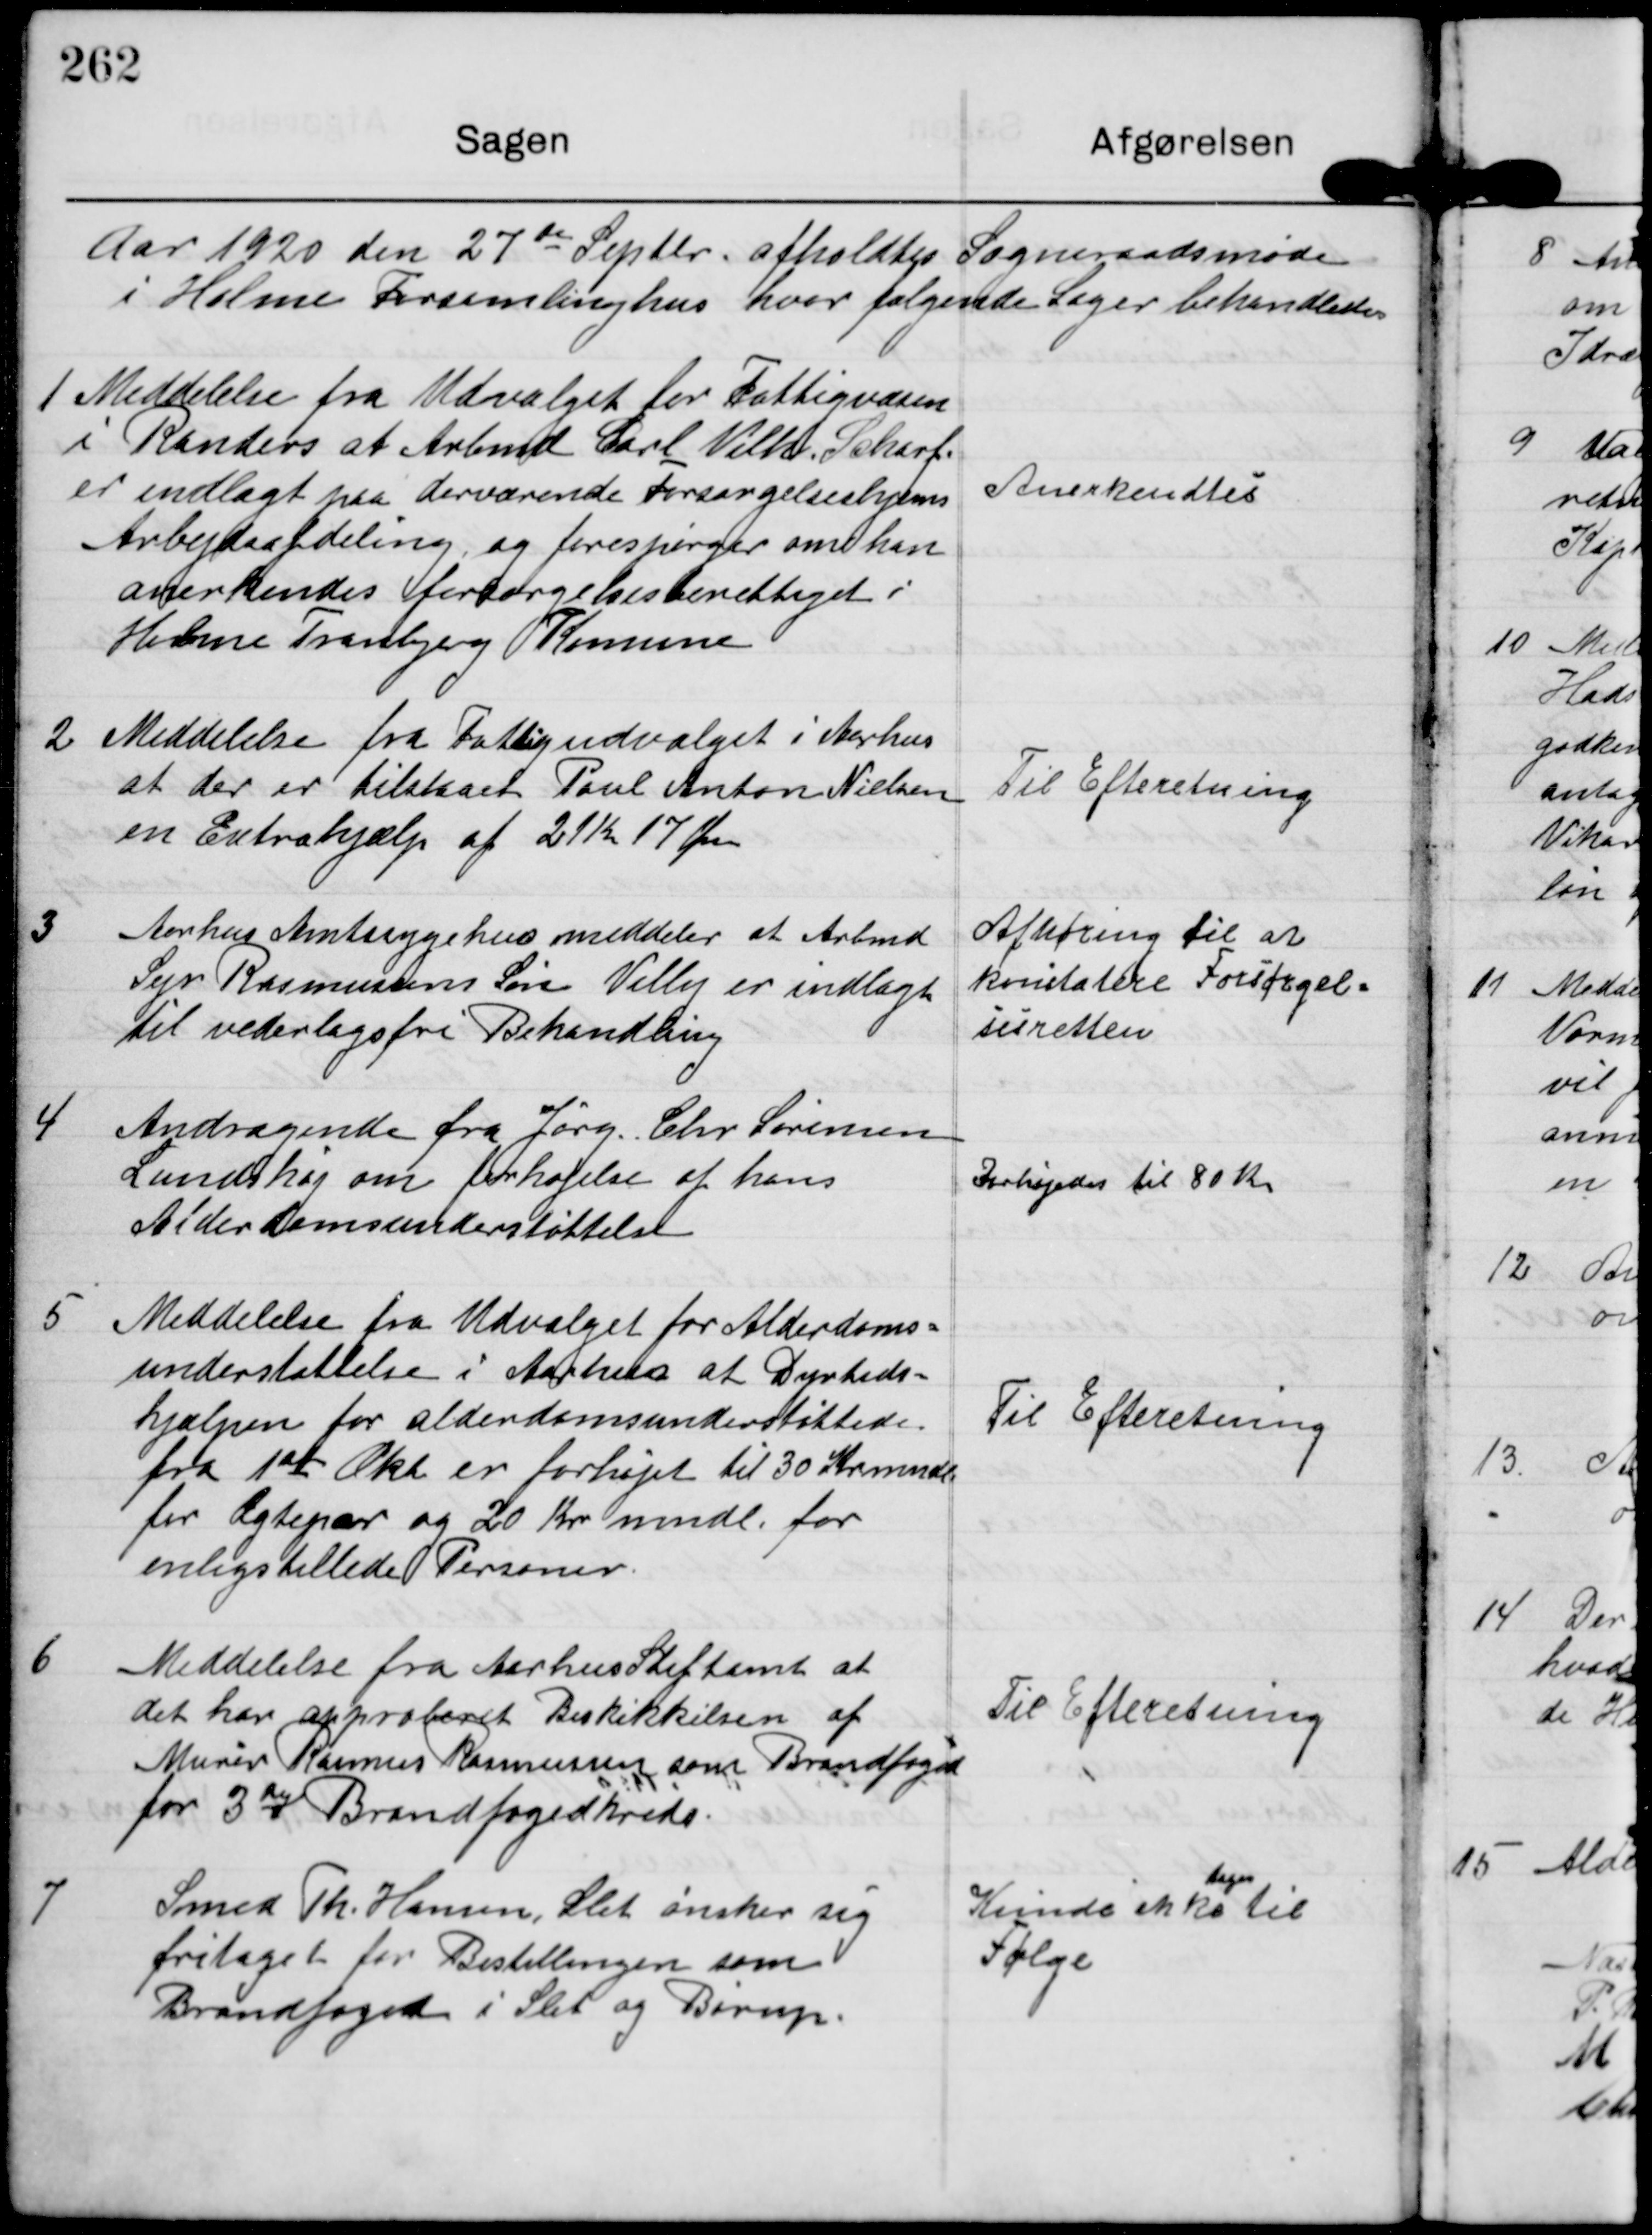
Transskription:
Aar 1920 den 27de Septbr afholdtes Sogneraadsmøde
i Holme Forsamlinghus hvor følgende Sager behandledes

1

Meddelelse fra Udvalget for Fattigvæsen
i Randers at Arbmd Carl Vilh. Scharf
er indlagt paa derværende Forsørgelseshjems
Arbejdsafdeling og forespørger om han
anerkendes forsørgelsesberettiget i
Holme Tranbjerg Komune

Anerkendtes.

2

Meddelelse fra Fattigudvalget i Aarhus
at der er tilstaaet Poul Anton Nielsen
en Extrahjælp af 21Kr 17 Øre

Til Efteretning.

3

Aarhus Amtssygehus meddeler at Arbmd
Sejr Rasmussens Søn Villy er indlagt
til vederlagsfri Behandling

Afhøring til at
konstatere Forsørgel-
sesretten.

4

Andragende fra Jørg Chr Sørensen
Lundshøj om forhøjelse af hans
Alderdomsunderstøttelse

Forhøjedes til 80 Kr

5

Meddelelse fra Udvalget for Alderdoms-
understøttelse i Aarhus at Dyrtids=
hjælpen for alderdomsunderstøttede
fra 1st Okt er forhøjet til 30 Kr mndl
for Ægtepar og 20 Kr mndl. for
enligstillede Personer

Til Efteretning

6

Meddelelse fra Aarhus Stiftamt at
det har approberet Beskikkelsen af
Murer Rasmus Rasmussen som Brandfoged
for 3die Brandfogedkreds

Til Efteretning

7

Smed Th. Hansen Slet ønsker sig
fritaget for Bestillingen som
Brandfoged i Slet og Børup

Kunde ikke til
tages
Følge